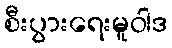
စီးပွားရေးမူဝါဒ